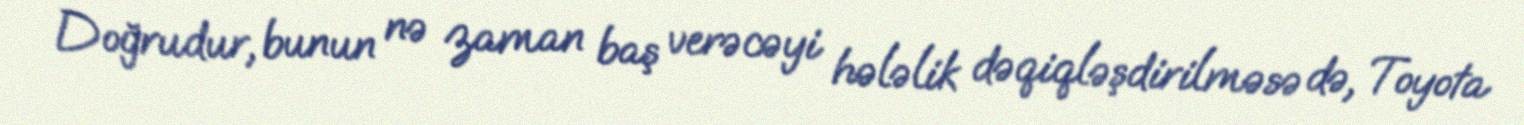
Doğrudur, bunun nə zaman baş verəcəyi hələlik dəqiqləşdirilməsə də, Toyota